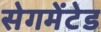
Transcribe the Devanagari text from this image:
सेगमेंटेड